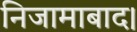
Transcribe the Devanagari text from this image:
निजामाबाद।